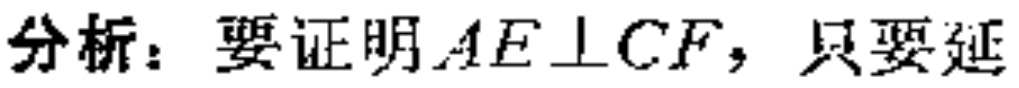
分析：要证明\(AE\perp CF\)，只要延